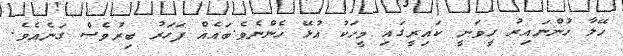
ހޭލާ ހުންނައިރު ހީވަނީ ކައިރީގައި މީހަކު އުޅޭ ހެންނެވެ.ބައެއް ފަހަރު ބިރުވެސް ގަނެއެވެ.